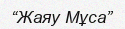
“Жаяу Мұса”